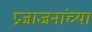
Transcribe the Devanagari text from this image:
प्रजाजनांच्या